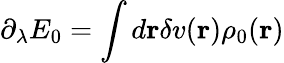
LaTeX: \partial_{\lambda}E_{0}=\int d{\mathbf r}\delta v({\mathbf r})\rho_{0}({\mathbf r})